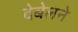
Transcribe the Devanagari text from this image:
देबेलने